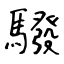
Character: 驋